Annual report of the Punjab Veterinary College and of the Civil Veterinary Department, Punjab - 1926-1932
Year: 1926
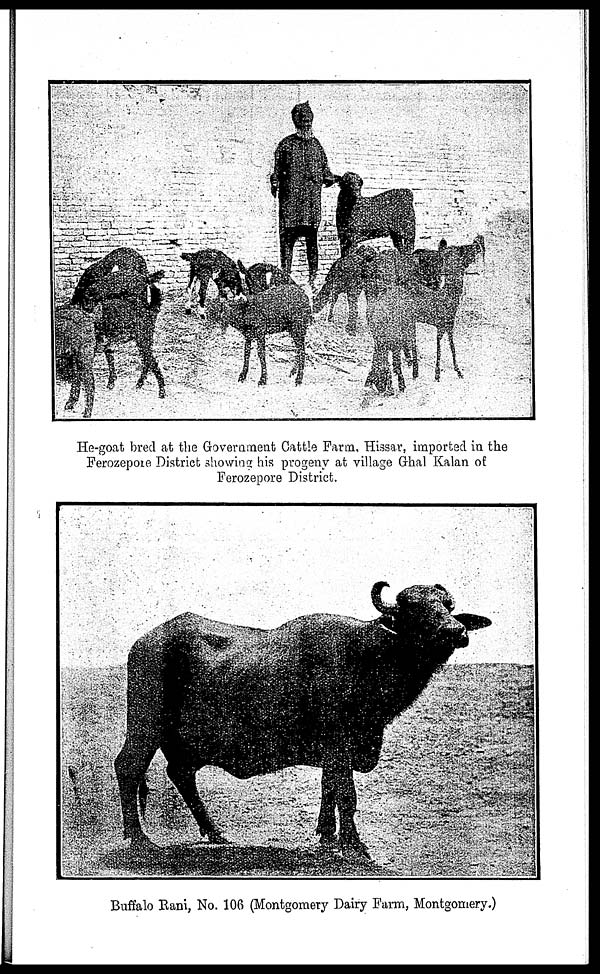
He-goat bred at the Government Cattle Farm, Hissar, imported in the
Ferozepore District showing his progeny at village Ghal Kalan of
Ferozepore District.
Buffalo Rani, No. 106 (Montgomery Dairy Farm, Montgomery.)